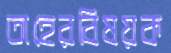
তাহেরবিষয়ক